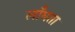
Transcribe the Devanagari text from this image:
लाँघता